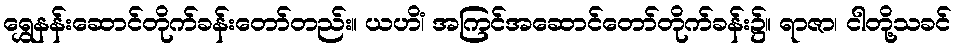
ရွှေနန်းဆောင်တိုက်ခန်းတော်တည်း။ ယဟိံ၊ အကြင်အဆောင်တော်တိုက်ခန်း၌။ ရာဇာ၊ ငါတို့သခင်